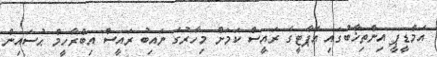
އެމްޑީޕީ އިންތިޚާބުގައި އެޕާޓީގެ ރައީސް ކަމަށް މިހާރުގެ ނައިބު ރައީސް އިބްރާހީމް ޙުސައިން